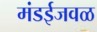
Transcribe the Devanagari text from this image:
मंडईजवळ